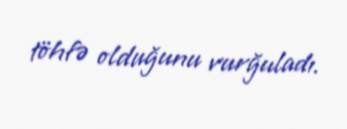
töhfə olduğunu vurğuladı.